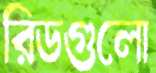
রিডগুলো